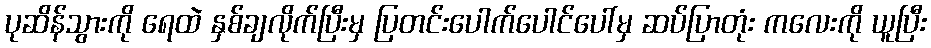
ပုဆိန်သွားကို ရေထဲ နှစ်ချလိုက်ပြီးမှ ပြတင်းပေါက်ပေါင်ပေါ်မှ ဆပ်ပြာတုံး ကလေးကို ယူပြီး